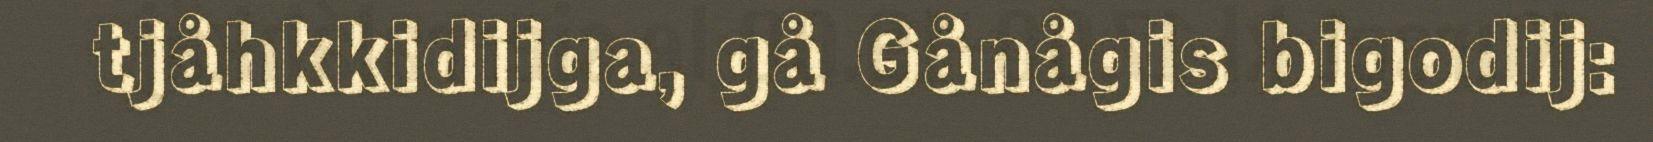
tjåhkkidijga, gå Gånågis bigodij: